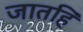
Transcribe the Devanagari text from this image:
जातहिं